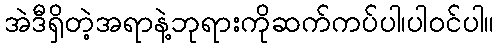
အဲဒီရှိတဲ့အရာနဲ့ဘုရားကိုဆက်ကပ်ပါ၊ပါဝင်ပါ။